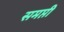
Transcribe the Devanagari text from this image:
समप्ती